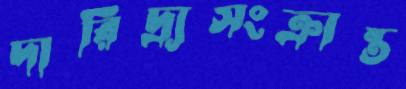
দারিদ্র্যসংক্রান্ত